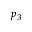
p _ { 3 }